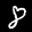
Label: 8